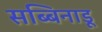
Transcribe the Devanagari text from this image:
सब्बिनाडू